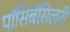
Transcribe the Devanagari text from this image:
पॉसिबॅसिलरी